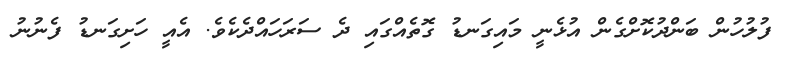
ފުލުހުން ބަންދުކޮށްގެން އުޅެނީ މައިގަނޑު ގޮތެއްގައި ދެ ސަރަހައްދެކެވެ. އެއީ ހަށިގަނޑު ފެނުނު